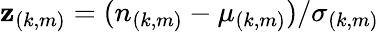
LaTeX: \mathbf{z}_{(k,m)}=(n_{(k,m)}-\mu_{(k,m)})/\sigma_{(k,m)}